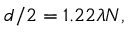
d / 2 = 1 . 2 2 \lambda N ,